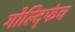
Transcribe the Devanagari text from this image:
गोल्द्फिंच